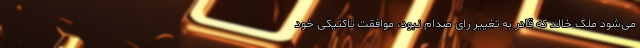
می‌شود ملک خالد که قادر به تغییر رای صدام نبود، موافقت تاکتیکی خود